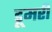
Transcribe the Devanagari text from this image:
डूमरी